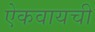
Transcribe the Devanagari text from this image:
ऐकवायची